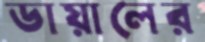
ডায়ালের